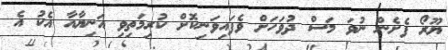
ޔޫރޯ ފެށެން ނުވަ މަސް ދުވަހަށް ވެފައިވަނިކޮށް ކުރިމަތިވި އަނިޔާއާ އެކު އެ